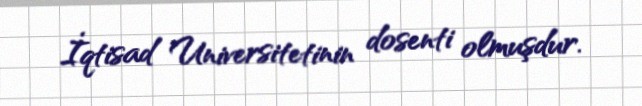
İqtisad Universitetinin dosenti olmuşdur.